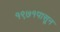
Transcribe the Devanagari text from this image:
१९७१पासून